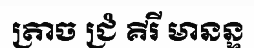
ត្រាច ជ្រំ គីរី មានន្ទ